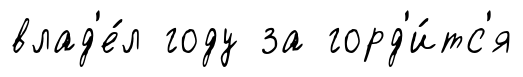
влад'е́л году за горд'и́тс'я